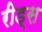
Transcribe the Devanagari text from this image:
रीड्स